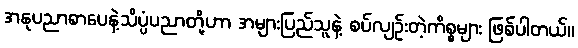
အနုပညာစာပေနဲ့သိပ္ပံပညာတို့ဟာ အများပြည်သူနဲ့ စပ်လျဉ်းတဲ့ကိစ္စများ ဖြစ်ပါတယ်။